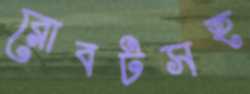
রোবটসহ